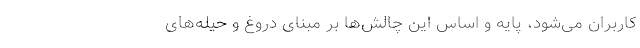
کاربران می‌شود، پایه و اساس این چالش‌ها بر مبنای دروغ و حیله‌های